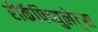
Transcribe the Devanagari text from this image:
रीकॅपिच्युलेट्स